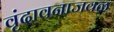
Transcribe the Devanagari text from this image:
वृंदावनाजवळ